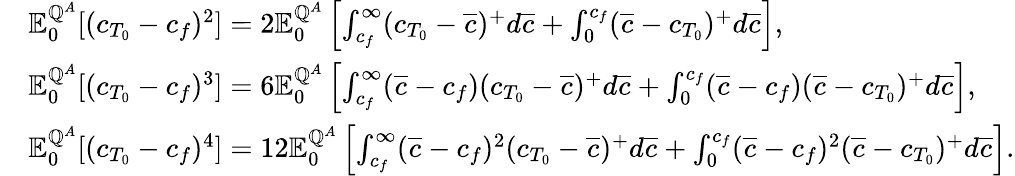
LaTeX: \begin{array}{rl}&{{\mathbb E}_{0}^{{\mathbb Q}^{A}}[(c_{T_{0}}-c_{f})^{2}]=2{\mathbb E}_{0}^{{\mathbb Q}^{A}}\left[\int_{c_{f}}^{\infty}(c_{T_{0}}-\overline{{c}})^{+}d\overline{{c}}+\int_{0}^{c_{f}}(\overline{{c}}-c_{T_{0}})^{+}d\overline{{c}}\right],}\\ &{{\mathbb E}_{0}^{{\mathbb Q}^{A}}[(c_{T_{0}}-c_{f})^{3}]=6{\mathbb E}_{0}^{{\mathbb Q}^{A}}\left[\int_{c_{f}}^{\infty}(\overline{{c}}-c_{f})(c_{T_{0}}-\overline{{c}})^{+}d\overline{{c}}+\int_{0}^{c_{f}}(\overline{{c}}-c_{f})(\overline{{c}}-c_{T_{0}})^{+}d\overline{{c}}\right],}\\ &{{\mathbb E}_{0}^{{\mathbb Q}^{A}}[(c_{T_{0}}-c_{f})^{4}]=12{\mathbb E}_{0}^{{\mathbb Q}^{A}}\left[\int_{c_{f}}^{\infty}(\overline{{c}}-c_{f})^{2}(c_{T_{0}}-\overline{{c}})^{+}d\overline{{c}}+\int_{0}^{c_{f}}(\overline{{c}}-c_{f})^{2}(\overline{{c}}-c_{T_{0}})^{+}d\overline{{c}}\right].}\end{array}